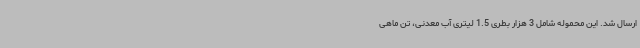
ارسال شد. این محموله شامل 3 هزار بطری 1.5 لیتری آب معدنی، تن ماهی